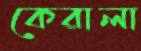
কেরালা